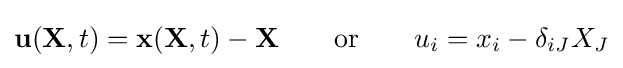
\mathbf {u} (\mathbf {X} ,t)=\mathbf {x} (\mathbf {X} ,t)-\mathbf {X} \qquad {\text{or}}\qquad u_{i}=x_{i}-\delta _{iJ}X_{J}